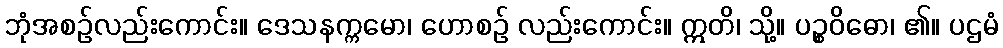
ဘုံအစဉ်လည်းကောင်း။ ဒေသနက္ကမော၊ ဟောစဉ် လည်းကောင်း။ ဣတိ၊ သို့။ ပဉ္စဝိဓော၊ ၏။ ပဌမံ